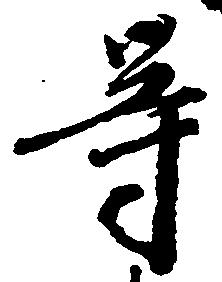
等